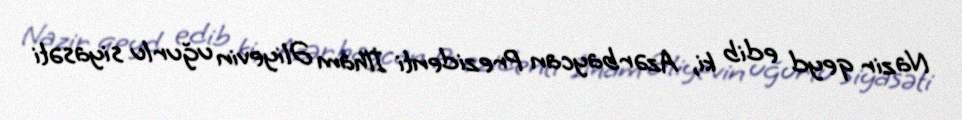
Nazir qeyd edib ki, Azərbaycan Prezidenti İlham Əliyevin uğurlu siyasəti